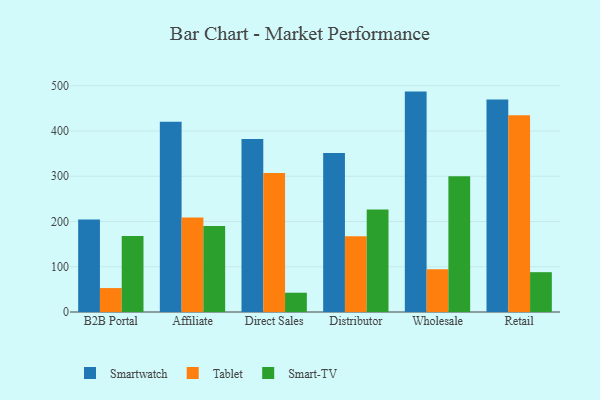
{"axis": {"x": "Channel", "y": "Temperature (°C)"}, "legend": ["Smart-TV", "Smartwatch", "Tablet"], "data": [{"x": "B2B Portal", "y": 204.3, "type": "Smartwatch"}, {"x": "B2B Portal", "y": 52.9, "type": "Tablet"}, {"x": "B2B Portal", "y": 167.9, "type": "Smart-TV"}, {"x": "Affiliate", "y": 420.6, "type": "Smartwatch"}, {"x": "Affiliate", "y": 208.7, "type": "Tablet"}, {"x": "Affiliate", "y": 190.1, "type": "Smart-TV"}, {"x": "Direct Sales", "y": 382.5, "type": "Smartwatch"}, {"x": "Direct Sales", "y": 307.1, "type": "Tablet"}, {"x": "Direct Sales", "y": 42.6, "type": "Smart-TV"}, {"x": "Distributor", "y": 351.4, "type": "Smartwatch"}, {"x": "Distributor", "y": 167.3, "type": "Tablet"}, {"x": "Distributor", "y": 226.4, "type": "Smart-TV"}, {"x": "Wholesale", "y": 487.1, "type": "Smartwatch"}, {"x": "Wholesale", "y": 94.7, "type": "Tablet"}, {"x": "Wholesale", "y": 300.2, "type": "Smart-TV"}, {"x": "Retail", "y": 469.5, "type": "Smartwatch"}, {"x": "Retail", "y": 434.6, "type": "Tablet"}, {"x": "Retail", "y": 88.0, "type": "Smart-TV"}]}